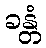
ခန္တံ